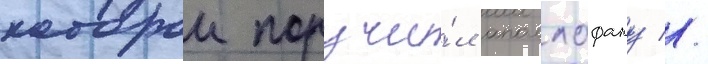
которои поручи́л аполлофану //